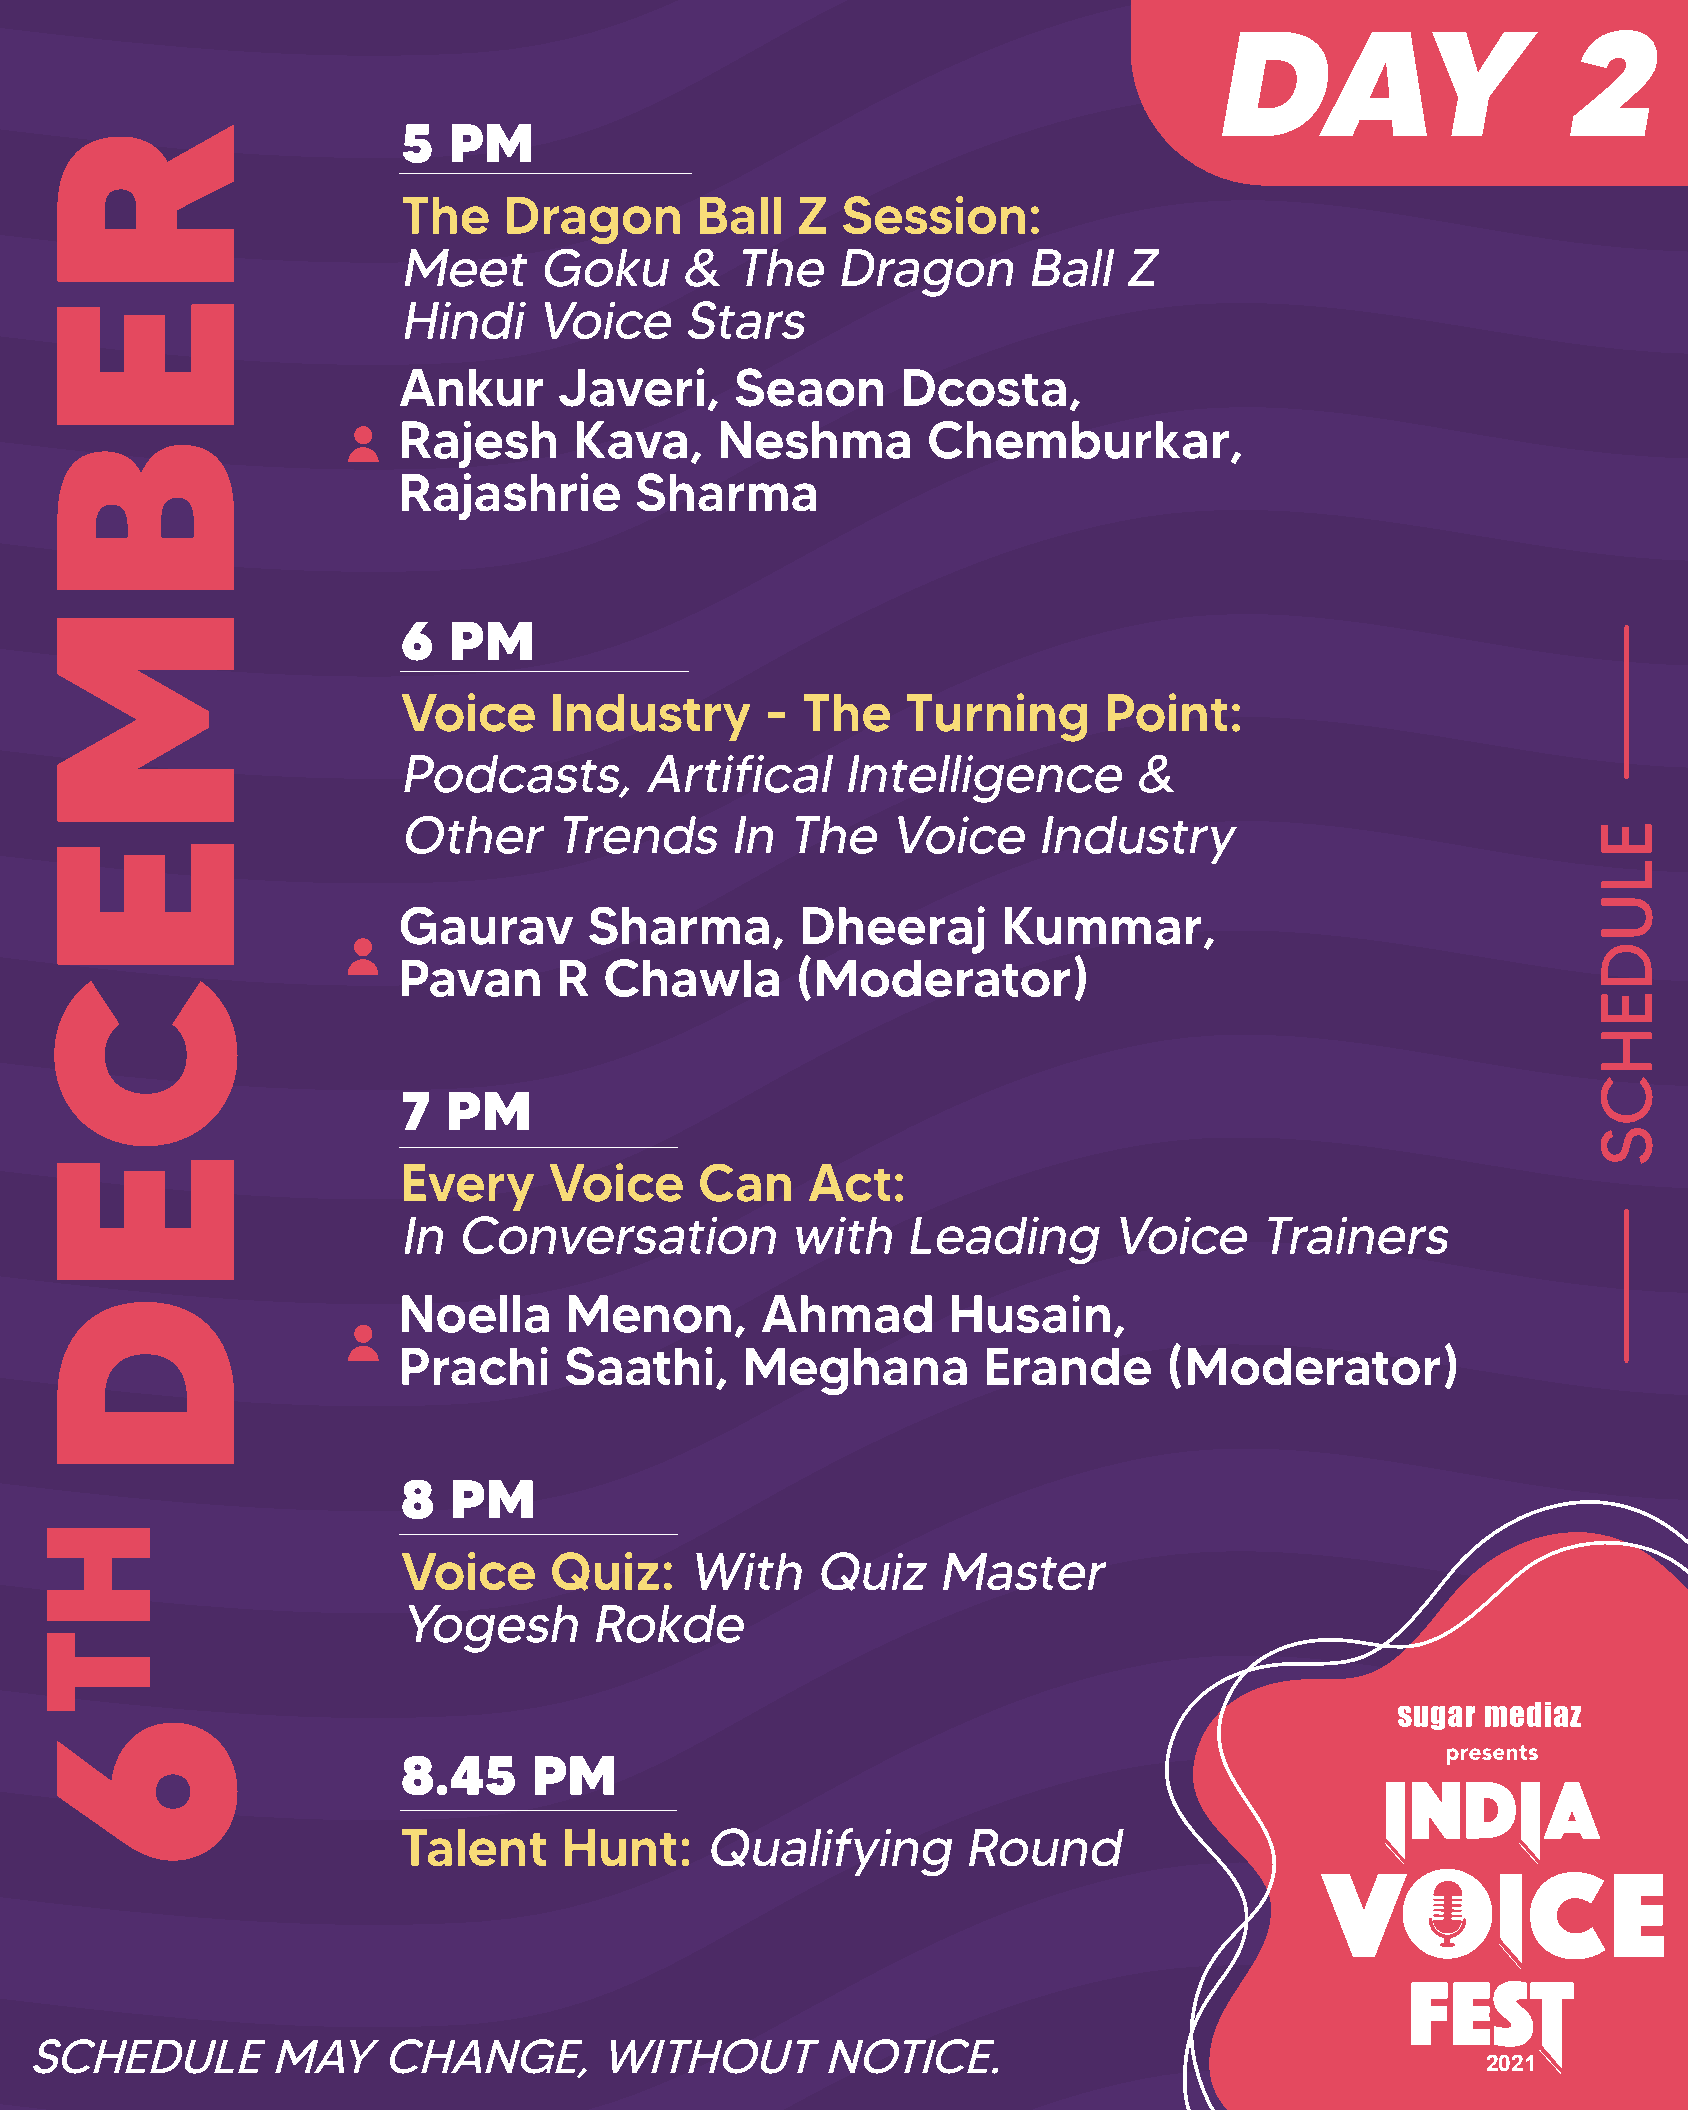
DAY                    2
 5  PM
 The   Dragon       Ball   Z  Session:
 MeetGoku&TheDragonBallZ
 HindiVoiceStars
 Ankur      Javeri,     Seaon      Dcosta,
 Rajesh      Kava,    Neshma        Chemburkar,
 Rajashrie       Sharma
 6  PM
 Voice    Industry       - The    Turning      Point:
 Podcasts,ArtificalIntelligence&
 OtherTrendsInTheVoiceIndustry
 Gaurav       Sharma,       Dheeraj      Kummar,
 Pavan      R  Chawla       (Moderator)
 7  PM
 Every    Voice     Can    Act:
 InConversationwithLeadingVoiceTrainers
 Noella     Menon,       Ahmad        Husain,
 Prachi     Saathi,     Meghana         Erande      (Moderator)
 8  PM
 Voice    Quiz:    WithQuizMaster
 YogeshRokde
 8.45    PM
 Talent    Hunt:     QualifyingRound
 SCHEDULEMAYCHANGE,WITHOUTNOTICE.
 2021
 REBMECED
 HT6
 ELUDEHCS